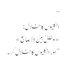
‘‘
انگلیوں کا خلال:
«وَخَلِّلْ بَیْنَ الأَصَابِعِ»
’’اور انگلیوں کا خلال کر۔